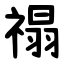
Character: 禢